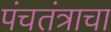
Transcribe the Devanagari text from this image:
पंचतंत्राचा